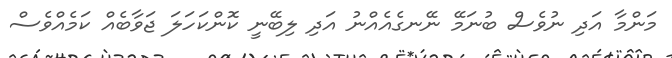
މަންމާ އަދި ނުވެސް ބުނަމޭ ނޭނގެއެއްނު އަދި ލިބޭނީ ކޮންކަހަލަ ޖަވާބެއް ކަމެއްވެސް